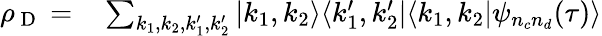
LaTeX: \begin{array}{rl}{\rho_{\mathrm{~D~}}=}&{{}\sum_{k_{1},k_{2},k_{1}^{\prime},k_{2}^{\prime}}|k_{1},k_{2}\rangle\langle k_{1}^{\prime},k_{2}^{\prime}|\langle k_{1},k_{2}|\psi_{n_{c}n_{d}}(\tau)\rangle}\end{array}